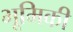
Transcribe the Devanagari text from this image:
भूमिकी